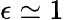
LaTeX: \epsilon\simeq 1